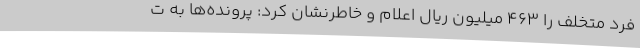
فرد متخلف را 463 میلیون ریال اعلام و خاطرنشان کرد: پرونده‌ها به ت